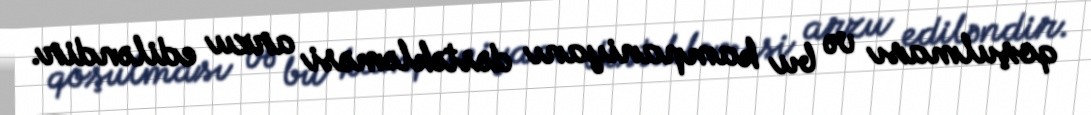
qoşulması və bu kampaniyanı dəstəkləməsi arzu ediləndir.